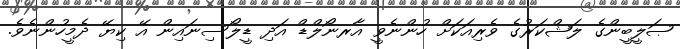
ޞަލީބީންގެ ލަޝްކަރުގެ ވެރިއަކަށް ހުންނެވީ އާރނޯލްޑް އަދި ޑީލޯސިނައިން އޭ ކިޔޭ ދެމީހުންނެވެ.